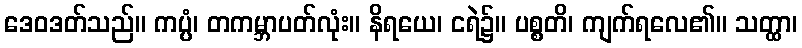
ဒေဝဒတ်သည်။ ကပ္ပံ၊ တကမ္ဘာပတ်လုံး။ နိရယေ၊ ငရဲ၌။ ပစ္စတိ၊ ကျက်ရလေ၏။ သတ္ထာ၊